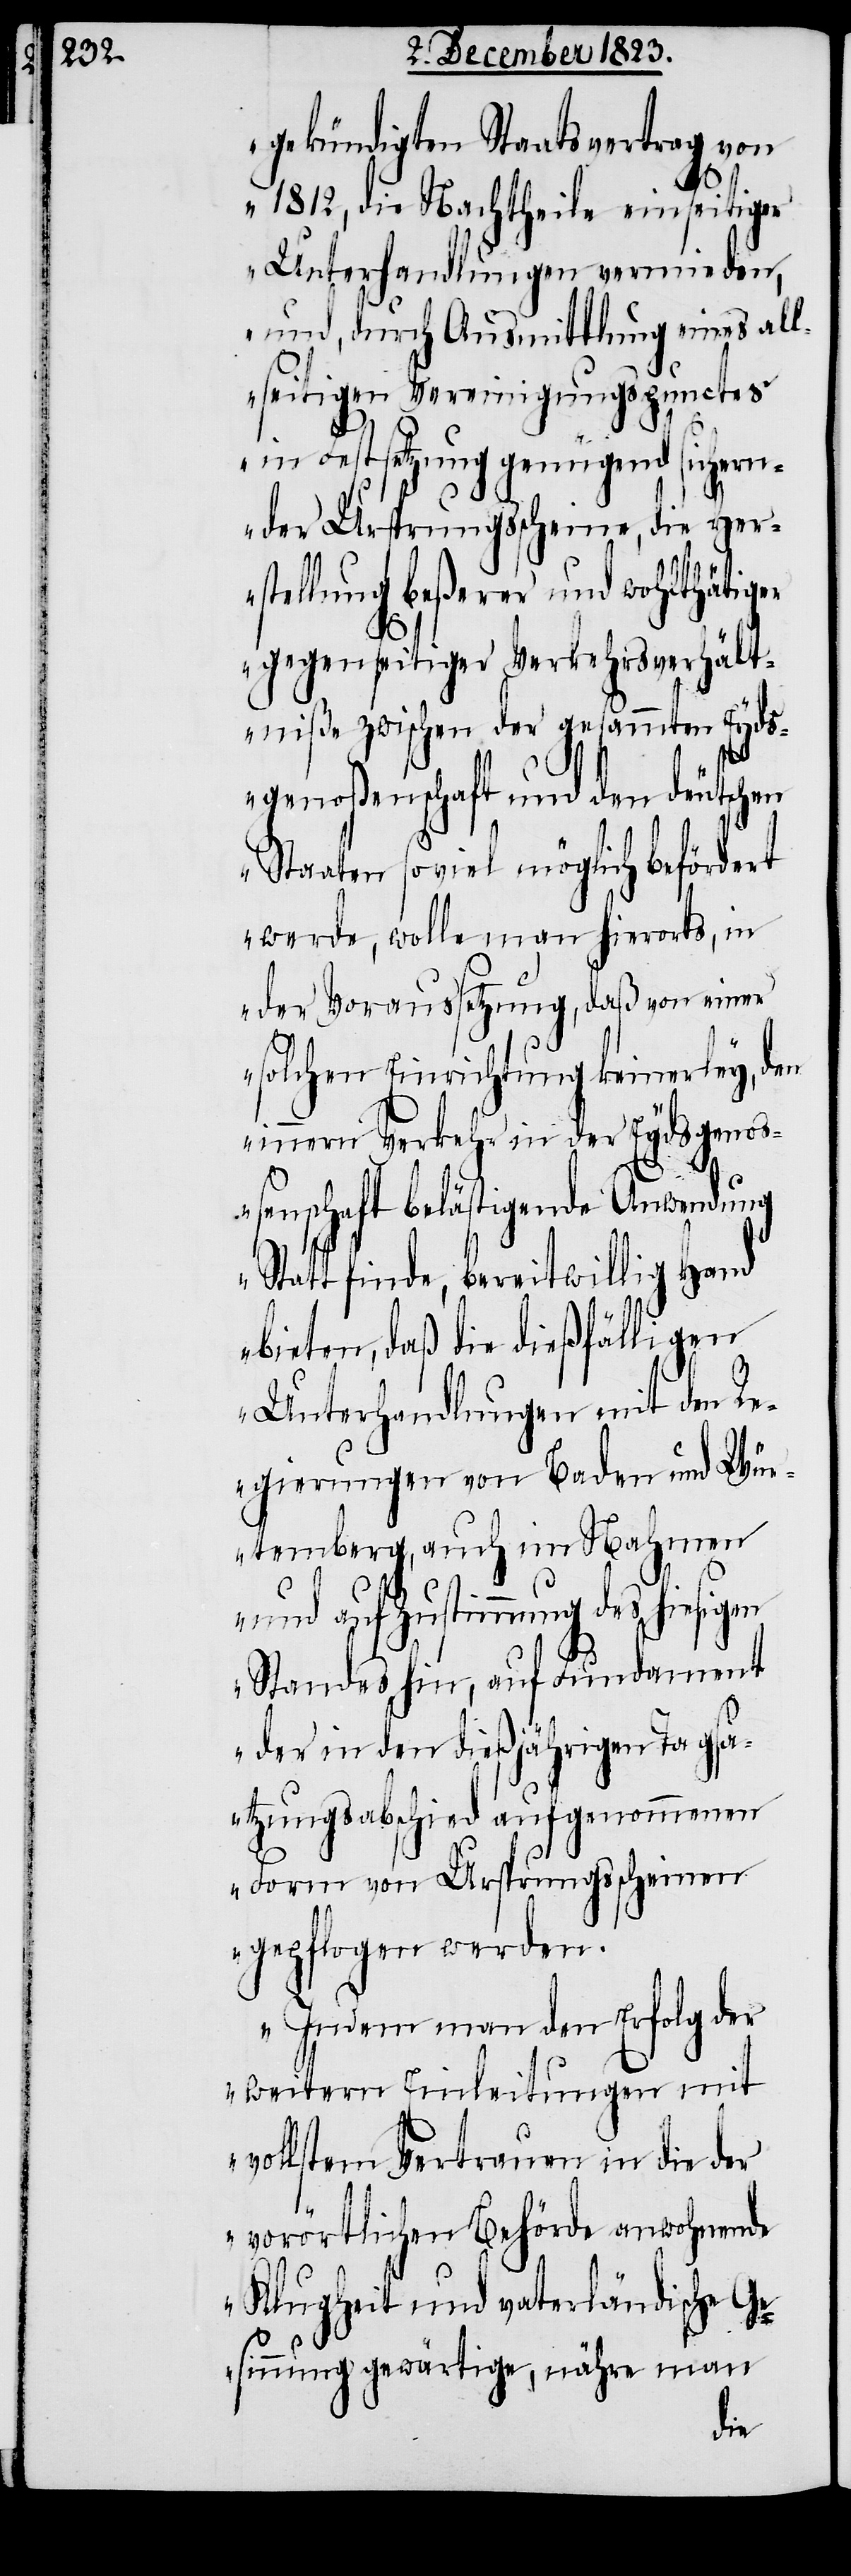
gekündigten Staatsvertrag von
1812, die Nachtheile einseitiger
Unterhandlungen vermieden,
und, durch Ausmittlung eines all¬
seitigen Vereinigungspunctes
in Festsetzung genügend sichern¬
der Ursprungsscheine, die Her¬
stellung beßerer und wohlthätiger
gegenseitiger Verkehrsverhält¬
niße zwischen der gesammten Eyds¬
genoßenschaft und den deutschen
Staaten soviel möglich befördert
werde, wolle man hierorts, in
der Voraussetzung, daß von einer
solchen Einrichtung keinerley, den
innern Verkehr in der Eydsgenoß¬
enschaft belästigende Anwendung
Statt finde, bereitwillig Hand
bieten, daß die dießfälligen
Unterhandlungen mit den R¬
egierungen von Baden und Wür¬
temberg, auch im Nahmen
und auf Zustimmung des hiesigen
Standes hin, auf Fundament
der in den dießjährigen Tags¬
atzungsabschied aufgenommenen
Form von Ursprungsscheinen
gepflogen werden.
Indem man den Erfolg der
weitern Einleitungen mit
vollstem Vertrauen in die der
vorörtlichen Behörde anwohnende
Klugheit und vaterländische Ge¬
sinnung gewärtige, nähre man